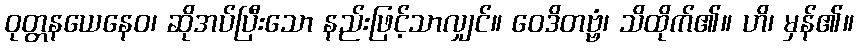
ဝုတ္တနယေနေဝ၊ ဆိုအပ်ပြီးသော နည်းဖြင့်သာလျှင်။ ဝေဒိတဗ္ဗံ၊ သိထိုက်၏။ ဟိ၊ မှန်၏။